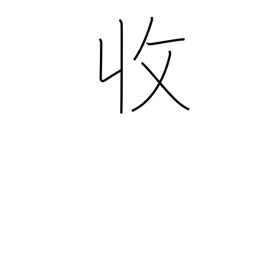
Meaning: income